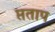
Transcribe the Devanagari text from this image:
प्तताप